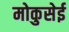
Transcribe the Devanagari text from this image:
मोकुसेई